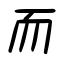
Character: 而